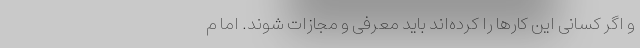
و اگر کسانی این کارها را کرده‌اند باید معرفی و مجازات شوند. اما م